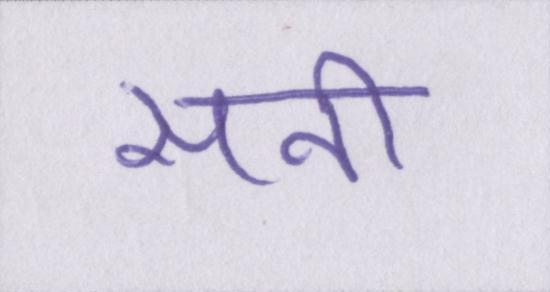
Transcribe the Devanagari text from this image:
सनी